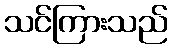
သင်ကြားသည်